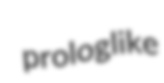
prologlike